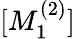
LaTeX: [M_{1}^{(2)}]